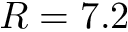
R = 7 . 2